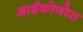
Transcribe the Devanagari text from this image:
आईकोनोस